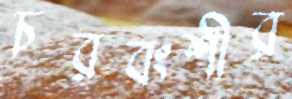
চরবংশীর